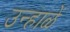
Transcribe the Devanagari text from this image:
उन्हाळें